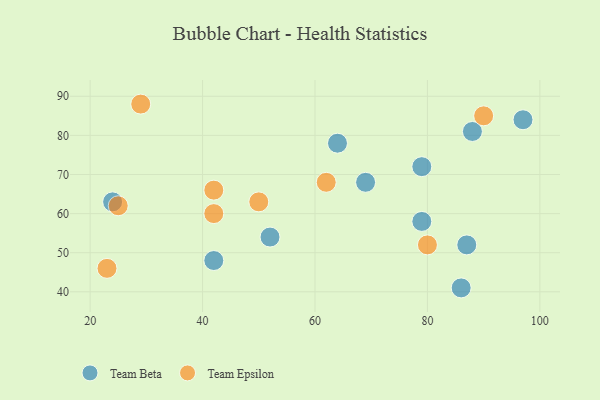
{"axis": {"x": "GDP", "y": "Life Expectancy"}, "legend": ["Team Beta", "Team Epsilon"], "data": [{"x": "88", "y": 81, "type": "Team Beta"}, {"x": "24", "y": 63, "type": "Team Beta"}, {"x": "69", "y": 68, "type": "Team Beta"}, {"x": "79", "y": 58, "type": "Team Beta"}, {"x": "97", "y": 84, "type": "Team Beta"}, {"x": "64", "y": 78, "type": "Team Beta"}, {"x": "52", "y": 54, "type": "Team Beta"}, {"x": "79", "y": 72, "type": "Team Beta"}, {"x": "86", "y": 41, "type": "Team Beta"}, {"x": "87", "y": 52, "type": "Team Beta"}, {"x": "42", "y": 48, "type": "Team Beta"}, {"x": "25", "y": 62, "type": "Team Epsilon"}, {"x": "23", "y": 46, "type": "Team Epsilon"}, {"x": "50", "y": 63, "type": "Team Epsilon"}, {"x": "80", "y": 52, "type": "Team Epsilon"}, {"x": "29", "y": 88, "type": "Team Epsilon"}, {"x": "90", "y": 85, "type": "Team Epsilon"}, {"x": "42", "y": 60, "type": "Team Epsilon"}, {"x": "62", "y": 68, "type": "Team Epsilon"}, {"x": "42", "y": 66, "type": "Team Epsilon"}]}